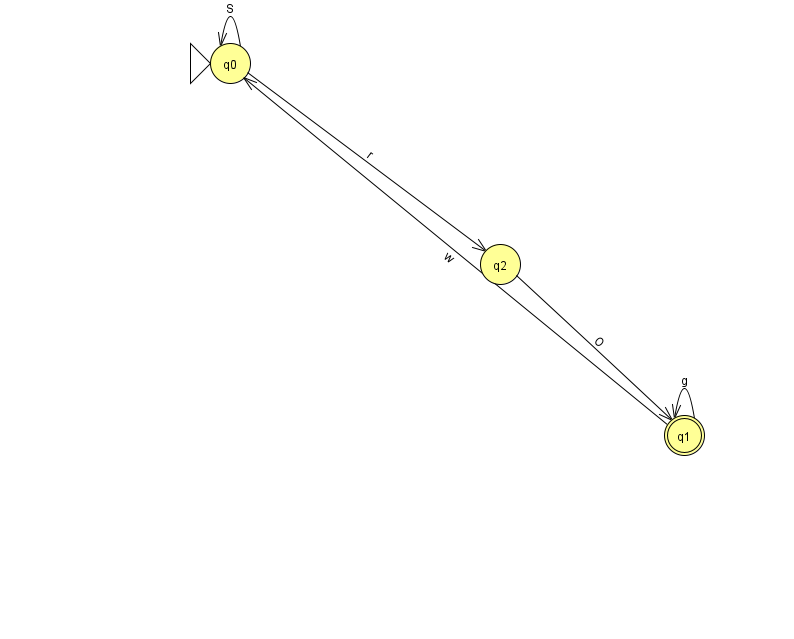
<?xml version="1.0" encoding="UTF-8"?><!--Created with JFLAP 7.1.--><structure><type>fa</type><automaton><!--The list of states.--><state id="0" name="q0"><x>230.0</x><y>50.0</y><initial/></state><state id="1" name="q1"><x>684.0</x><y>422.0</y><final/></state><state id="2" name="q2"><x>500.0</x><y>251.0</y></state><!--The list of transitions.--><transition><from>0</from><to>0</to><read>S</read></transition><transition><from>1</from><to>1</to><read>g</read></transition><transition><from>0</from><to>2</to><read>r</read></transition><transition><from>1</from><to>0</to><read>w</read></transition><transition><from>2</from><to>1</to><read>O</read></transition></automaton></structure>